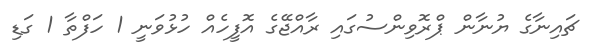
ޗައިނާގެ ޔުނާން ޕްރޮވިންސުގައި ރާއްޖޭގެ އޮފީހެއް ހުޅުވަނީ 1 ހަފްތާ 1 ގަޑި